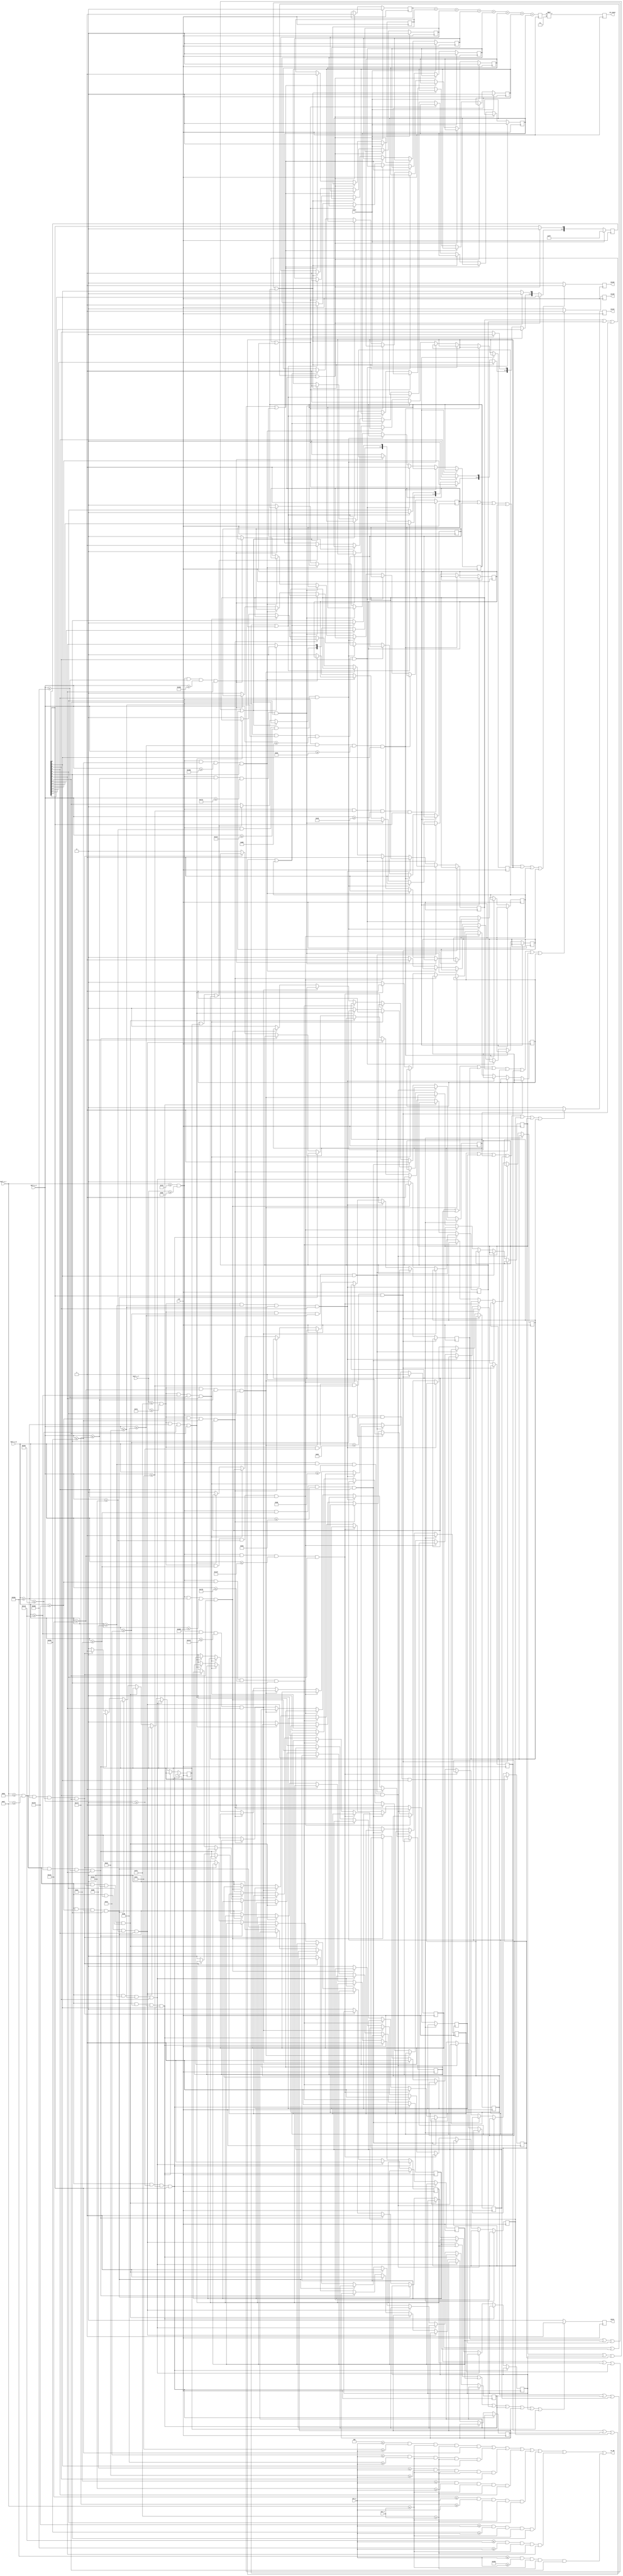
//----------------------------------//
// Breakout Files
// breakout_blocks_C4.v
// David J. Morvay
// ECEN 4856
// Fall 2020
//----------------------------------//
module breakout_blocks_C4 (clk, reset, pix_x, pix_y, ball_x_r, ball_x_l, ball_y_t, ball_y_b, moveU, moveD, moveL, moveR, C4_count, C4_ON);
input clk, reset;
input [10:0] pix_x, pix_y, ball_x_r, ball_x_l, ball_y_t, ball_y_b;
output moveU, moveD, moveL, moveR;
output [4:0] C4_count; 
output C4_ON;

// Top, bottom, left, right side of block registers
reg moveU, moveD, moveL, moveR;
reg b0R, b0L, b0D;
reg b1R, b1L, b1U, b1D;
reg b2R, b2L, b2U, b2D;
reg b3R, b3L, b3U, b3D;
reg b4R, b4L, b4U, b4D;
reg b5R, b5L, b5U, b5D;
reg b6R, b6L, b6U, b6D;
reg b7R, b7L, b7U;


reg [7:0] blocks_C4;
initial blocks_C4 = 8'b11111111;

// Signals to turn blocks on
assign block_C4_R0 = ((4 <= pix_y) && (76 >= pix_y) && (103 <= pix_x) && (118 >= pix_x) && (blocks_C4[0] == 1));
assign block_C4_R1 = ((78 <= pix_y) && (150 >= pix_y) && (103 <= pix_x) && (118 >= pix_x) && (blocks_C4[1] == 1));
assign block_C4_R2 = ((152 <= pix_y) && (224 >= pix_y) && (103 <= pix_x) && (118 >= pix_x) && (blocks_C4[2] == 1));
assign block_C4_R3 = ((226 <= pix_y) && (298 >= pix_y) && (103 <= pix_x) && (118 >= pix_x) && (blocks_C4[3] == 1));
assign block_C4_R4 = ((300 <= pix_y) && (372 >= pix_y) && (103 <= pix_x) && (118 >= pix_x) && (blocks_C4[4] == 1));
assign block_C4_R5 = ((374 <= pix_y) && (446 >= pix_y) && (103 <= pix_x) && (118 >= pix_x) && (blocks_C4[5] == 1));
assign block_C4_R6 = ((448 <= pix_y) && (520 >= pix_y) && (103 <= pix_x) && (118 >= pix_x) && (blocks_C4[6] == 1));
assign block_C4_R7 = ((522 <= pix_y) && (595 >= pix_y) && (103 <= pix_x) && (118 >= pix_x) && (blocks_C4[7] == 1));

// x - Parameters for this column of blocks
localparam right_border = 118;
localparam right_border_in = 115;
localparam left_border = 103;
localparam left_border_in = 106;
localparam right_ext = 125;
localparam left_ext = 96;

// Counters for score
reg counter0, counter1, counter2, counter3, counter4, counter5, counter6, counter7;

// Board reset
// If a block has been hit, it will turn off the block, and increment the score
always @(posedge clk)
	if (reset) begin
		blocks_C4 = 8'b11111111;
		counter0 = 0; counter1 = 0; counter2 = 0; counter3 = 0;
		counter4 = 0; counter5 = 0; counter6 = 0; counter7 = 0; 
	end
	else if (b0R || b0L || b0D) begin
		counter0 = 1;
		blocks_C4[0] = 0;
	end
	else if (b1R || b1L || b1U || b1D) begin
		counter1 = 1;
		blocks_C4[1] = 0;
	end
	else if (b2R || b2L || b2U || b2D) begin
		counter2 = 1;
		blocks_C4[2] = 0;
	end
	else if (b3R || b3L || b3U || b3D) begin
		counter3 = 1;
		blocks_C4[3] = 0;
	end
	else if (b4R || b4L || b4U || b4D) begin
		counter4 = 1;
		blocks_C4[4] = 0;
	end
	else if (b5R || b5L || b5U || b5D) begin
		counter5 = 1;
		blocks_C4[5] = 0;
	end
	else if (b6R || b6L || b6U || b6D) begin
		counter6 = 1;
		blocks_C4[6] = 0;
	end
	else if (b7R || b7L || b7U) begin
		counter7 = 1;
		blocks_C4[7] = 0;
	end
	
// If any block is hit, the signal is sent here to
// determine the direction the ball should be redirected.
always @(posedge clk)
	if (b0R || b1R || b2R || b3R || b4R || b5R || b6R || b7R)
		moveR = 1;
	else
		moveR = 0;

always @(posedge clk)
	if (b0L || b1L || b2L || b3L || b4L || b5L || b6L || b7L)
		moveL = 1;
	else
		moveL = 0;

always @(posedge clk)
	if (b1U || b2U || b3U || b4U || b5U || b6U || b7U)
		moveU = 1;
	else
		moveU = 0;

always @(posedge clk)
	if (b0D || b1D || b2D || b3D || b4D || b5D || b6D)
		moveD = 1;
	else
		moveD = 0;


// Always block for right of block hits.
// If the ball hits the right side of a block,
// it will bounce off towards to right direction.
always @(posedge clk)
	if ((ball_x_l <= right_border) && (ball_x_l >= right_border_in) && (ball_y_t >= 0) && (ball_y_t <= 76) && (blocks_C4[0] == 1)) 
		b0R = 1;
	
	else if ((ball_x_l <= right_border) && (ball_x_l >= right_border_in) && (ball_y_b >= 78) && (ball_y_t <= 150) && (blocks_C4[1] == 1))
		b1R = 1;

	else if ((ball_x_l <= right_border) && (ball_x_l >= right_border_in) && (ball_y_b >= 152) && (ball_y_t <= 224) && (blocks_C4[2] == 1))
		b2R = 1;

	else if ((ball_x_l <= right_border) && (ball_x_l >= right_border_in) && (ball_y_b >= 226) && (ball_y_t <= 298) && (blocks_C4[3] == 1))
		b3R = 1;

	else if ((ball_x_l <= right_border) && (ball_x_l >= right_border_in) && (ball_y_b >= 300) && (ball_y_t <= 372) && (blocks_C4[4] == 1))
		b4R = 1;

	else if ((ball_x_l <= right_border) && (ball_x_l >= right_border_in) && (ball_y_b >= 374) && (ball_y_t <= 446) && (blocks_C4[5] == 1))
		b5R = 1;

	else if ((ball_x_l <= right_border) && (ball_x_l >= right_border_in) && (ball_y_b >= 448) && (ball_y_t <= 520) && (blocks_C4[6] == 1))
		b6R = 1;

	else if ((ball_x_l <= right_border) && (ball_x_l >= right_border_in) && (ball_y_b >= 522) && (ball_y_b <= 599) && (blocks_C4[7] == 1))
		b7R = 1;
	else 
		begin
			b0R = 0; b1R = 0; b2R = 0; b3R = 0; b4R = 0; b5R = 0; b6R = 0; b7R = 0;
		end			

// Always block for left side hits
// If the ball hits the left side of a block,
// it will bounce back in the left direction.
always @(posedge clk)
	if ((ball_x_r <= left_border_in) && (ball_x_r >= left_border) && (ball_y_t >= 0) && (ball_y_t <= 76) && (blocks_C4[0] == 1)) 
		b0L = 1;
	
	else if ((ball_x_r <= left_border_in) && (ball_x_r >= left_border) && (ball_y_b >= 78) && (ball_y_t <= 150) && (blocks_C4[1] == 1))
		b1L = 1;

	else if ((ball_x_r <= left_border_in) && (ball_x_r >= left_border) && (ball_y_b >= 152) && (ball_y_t <= 224) && (blocks_C4[2] == 1))
		b2L = 1;

	else if ((ball_x_r <= left_border_in) && (ball_x_r >= left_border) && (ball_y_b >= 226) && (ball_y_t <= 298) && (blocks_C4[3] == 1))
		b3L = 1;

	else if ((ball_x_r <= left_border_in) && (ball_x_r >= left_border) && (ball_y_b >= 300) && (ball_y_t <= 372) && (blocks_C4[4] == 1))
		b4L = 1;

	else if ((ball_x_r <= left_border_in) && (ball_x_r >= left_border) && (ball_y_b >= 374) && (ball_y_t <= 446) && (blocks_C4[5] == 1))
		b5L = 1;

	else if ((ball_x_r <= left_border_in) && (ball_x_r >= left_border) && (ball_y_b >= 448) && (ball_y_t <= 520) && (blocks_C4[6] == 1))
		b6L = 1;

	else if ((ball_x_r <= left_border_in) && (ball_x_r >= left_border) && (ball_y_b >= 522) && (ball_y_b <= 599) && (blocks_C4[7] == 1))
		b7L = 1;
	else 
		begin
			b0L = 0; b1L = 0; b2L = 0; b3L = 0; b4L = 0; b5L = 0; b6L = 0; b7L = 0;
		end	

// Always block for bottom side hits
// If the ball hits the bottom side of a block,
// it will bounce back in the down direction.
always @(posedge clk)
	if ((ball_x_r <= right_ext) && (ball_x_l >= left_ext) && (ball_y_t <= 76) && (ball_y_t >= 73) && (blocks_C4[0] == 1))
		b0D = 1;

	else if ((ball_x_r <= right_ext) && (ball_x_l >= left_ext) && (ball_y_t <= 150) && (ball_y_t >= 147) && (blocks_C4[1] == 1))
		b1D = 1;

	else if ((ball_x_r <= right_ext) && (ball_x_l >= left_ext) && (ball_y_t <= 224) && (ball_y_t >= 221) && (blocks_C4[2] == 1))
		b2D = 1;

	else if ((ball_x_r <= right_ext) && (ball_x_l >= left_ext) && (ball_y_t <= 298) && (ball_y_t >= 295) && (blocks_C4[3] == 1))
		b3D = 1;

	else if ((ball_x_r <= right_ext) && (ball_x_l >= left_ext) && (ball_y_t <= 372) && (ball_y_t >= 369) && (blocks_C4[4] == 1))
		b4D = 1;

	else if ((ball_x_r <= right_ext) && (ball_x_l >= left_ext) && (ball_y_t <= 446) && (ball_y_t >= 443) && (blocks_C4[5] == 1))
		b5D = 1;

	else if ((ball_x_r <= right_ext) && (ball_x_l >= left_ext) && (ball_y_t <= 520) && (ball_y_t >= 517) && (blocks_C4[6] == 1))
		b6D = 1;
	
	else 
		begin
			b0D = 0; b1D = 0; b2D = 0; b3D = 0; b4D = 0; b5D = 0; b6D = 0; 
		end	

// Always block for top side hits
// If the ball hits the top side of a block,
// it will bounce back in the up direction.
always @(posedge clk)
	if ((ball_x_r <= right_ext) && (ball_x_l >= left_ext) && (ball_y_b >= 78) && (ball_y_b <= 81) && (blocks_C4[1] == 1))
		b1U = 1;

	else if ((ball_x_r <= right_ext) && (ball_x_l >= left_ext) && (ball_y_b >= 152) && (ball_y_b <= 155) && (blocks_C4[2] == 1))
		b2U = 1;

	else if ((ball_x_r <= right_ext) && (ball_x_l >= left_ext) && (ball_y_b >= 226) && (ball_y_b <= 229) && (blocks_C4[3] == 1))
		b3U = 1;

	else if ((ball_x_r <= right_ext) && (ball_x_l >= left_ext) && (ball_y_b >= 300) && (ball_y_b <= 303) && (blocks_C4[4] == 1))
		b4U = 1;

	else if ((ball_x_r <= right_ext) && (ball_x_l >= left_ext) && (ball_y_b >= 374) && (ball_y_b <= 377) && (blocks_C4[5] == 1))
		b5U = 1;

	else if ((ball_x_r <= right_ext) && (ball_x_l >= left_ext) && (ball_y_b >= 448) && (ball_y_b <= 451) && (blocks_C4[6] == 1))
		b6U = 1;

	else if ((ball_x_r <= right_ext) && (ball_x_l >= left_ext) && (ball_y_b >= 522) && (ball_y_b <= 525) && (blocks_C4[7] == 1))
		b7U = 1;
	
	else 
		begin
			b1U = 0; b2U = 0; b3U = 0; b4U = 0; b5U = 0; b6U = 0; b7U = 0; 
		end
	
// Signal sent to turn on a block
assign C4_ON = block_C4_R0 || block_C4_R1 || block_C4_R2 || block_C4_R3 || block_C4_R4 || block_C4_R5 || block_C4_R6 || block_C4_R7;

// Counter to determine score from the number of blocks hit
reg [3:0] C4_count_small;
always @(posedge clk) begin
		C4_count_small <= (counter0 + counter1 + counter2 + counter3 + counter4 + counter5 + counter6 + counter7);
end

// Score multipled to appropriate amount for the respectice column
reg [4:0] C4_count;
always @(posedge clk) begin
	C4_count <= C4_count_small * 3;
end

endmodule